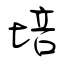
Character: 培